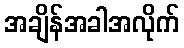
အချိန်အခါအလိုက်